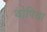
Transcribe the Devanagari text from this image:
थोपिया